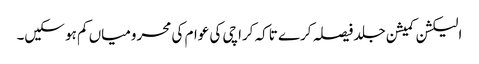
الیکشن کمیشن جلد فیصلہ کرے تاکہ کراچی کی عوام کی محرومیاں کم ہو سکیں۔